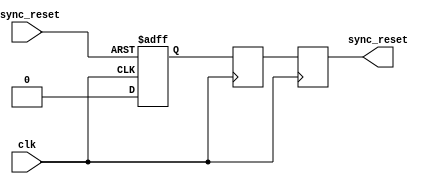
module async_reset_synchronizer (
    input wire clk,               // Clock input
    input wire async_reset,       // Asynchronous reset input
    output reg sync_reset         // Synchronized reset output
);

    // Internal signals for flip-flops
    reg ff1, ff2;

    // Asynchronous reset handling
    always @(posedge clk or posedge async_reset) begin
        if (async_reset) begin
            ff1 <= 1'b1;   // Assert the first flip-flop on async reset
        end else begin
            ff1 <= 1'b0;   // Deassert on clock edge
        end
    end

    // Second flip-flop for synchronization
    always @(posedge clk) begin
        ff2 <= ff1;         // Transfer the state of the first flip-flop
    end

    // Output the synchronized reset signal
    always @(posedge clk) begin
        sync_reset <= ff2;  // The output is the state of the second flip-flop
    end

endmodule